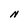
Character: N